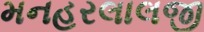
મનહરલાલજી